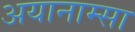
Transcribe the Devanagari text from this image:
अयानाम्सा